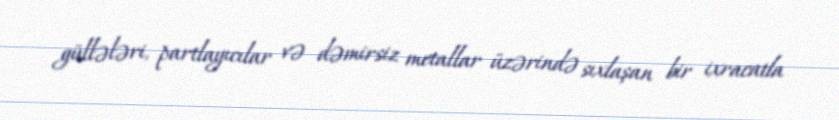
güllələri, partlayıcılar və dəmirsiz metallar üzərində sıxlaşan bir ixracatla